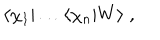
\langle \chi _ { 1 } | \ldots \langle \chi _ { n } | W \rangle \; ,